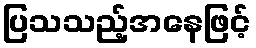
ပြသသည့်အနေဖြင့်